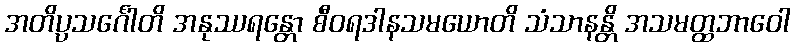
အတိပ္ပသင်္ဂေါတိ အနုဿရန္တော စီဝရဒါနသမယောတိ သံသာနန္တိ အသမတ္ထဘာဝေါ